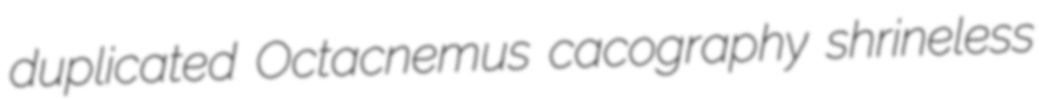
duplicated Octacnemus cacography shrineless